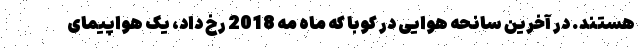
هستند. در آخرین سانحه هوایی در کوبا که ماه مه 2018 رخ داد، یک هواپیمای